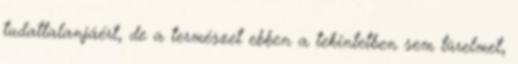
tudattalanjáért, de a természet ebben a tekintetben sem türelmet,